Madras plague regulations and rules - Volume 2
Disease focus: Plague
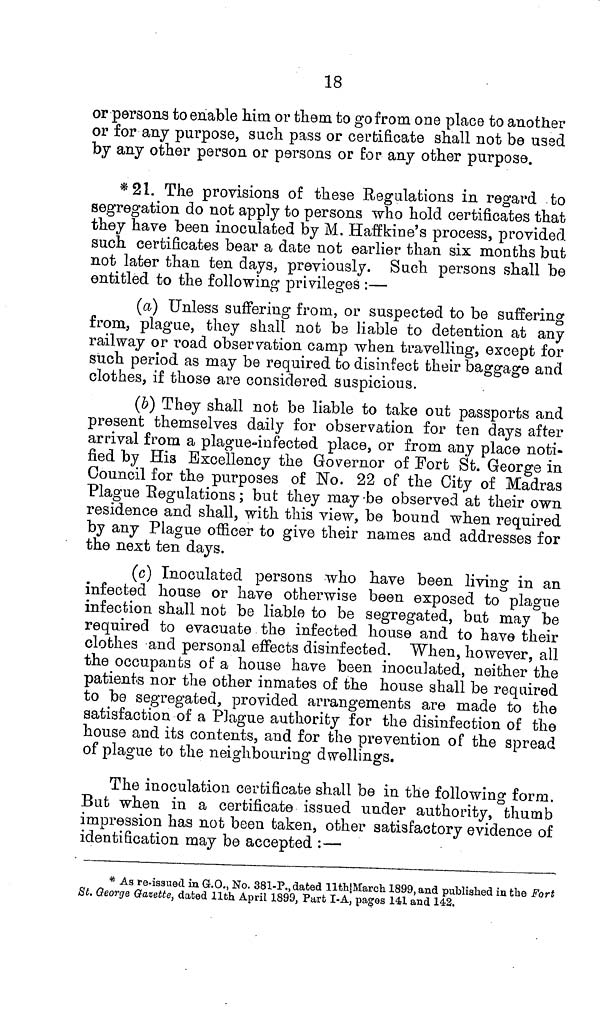
18
or persons to enable him or them to go from one place to another
or for any purpose, such pass or certificate shall not be used
by any other person or persons or for any other purpose.
*21. The provisions of these Regulations in regard to
segregation do not apply to persons who hold certificates that
they have been inoculated by M. Haffkine's process, provided
such certificates bear a date not earlier than six months but
not later than ten days, previously. Such persons shall be
entitled to the following privileges :—
(a) Unless suffering from, or suspected to be suffering
from, plague, they shall not be liable to detention at any
railway or road observation camp when travelling, except for
such period as may be required to disinfect their baggage and
clothes, if those are considered suspicious.
(b) They shall not be liable to take out passports and
present themselves daily for observation for ten days after
arrival from a plague-infected place, or from any place noti-
fied by His Excellency the Governor of Fort St. George in
Council for the purposes of No. 22 of the City of Madras
Plague Regulations; but they may be observed at their own
residence and shall, with this view, be bound when required
by any Plague officer to give their names and addresses for
the next ten days.
(c) Inoculated persons who have been living in an
infected house or have otherwise been exposed to plague
infection shall not be liable to be segregated, but may be
required to evacuate the infected house and to have their
clothes and personal effects disinfected. When, however, all
the occupants of a house have been inoculated, neither the
patients nor the other inmates of the house shall be required
to be segregated, provided arrangements are made to the
satisfaction of a Plague authority for the disinfection of the
house and its contents, and for the prevention of the spread
of plague to the neighbouring dwellings.
The inoculation certificate shall be in the following form.
But when in a certificate issued under authority, thumb
impression has not been taken, other satisfactory evidence of
identification may be accepted :—
* As re-issued in G.O., No. 381-P., dated 11th March 1899, and published in the Fort
St. George Gazette, dated 11th April 1899, Part I-A, pages 141 and 143.